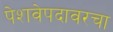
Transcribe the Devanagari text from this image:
पेशवेपदावरचा